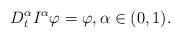
LaTeX: \begin{align*} D^{\alpha}_tI^{\alpha}\varphi =\varphi, \alpha\in (0,1).\end{align*}